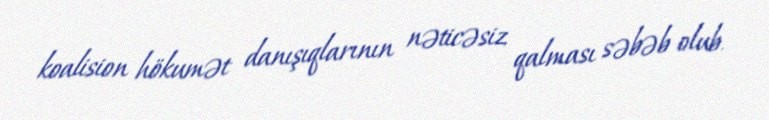
koalision hökumət danışıqlarının nəticəsiz qalması səbəb olub.